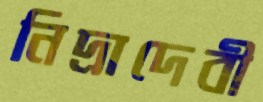
নিদ্রাদেবী